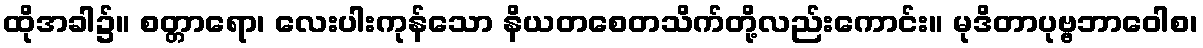
ထိုအခါ၌။ စတ္တာရော၊ လေးပါးကုန်သော နိယတစေတသိက်တို့လည်းကောင်း။ မုဒိတာပုဗ္ဗဘာဝေါစ၊